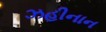
ઝહીનાન